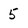
Character: 5